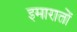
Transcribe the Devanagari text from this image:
इमारातों